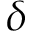
\delta